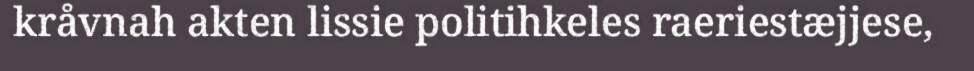
kråvnah akten lissie politihkeles raeriestæjjese,